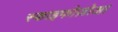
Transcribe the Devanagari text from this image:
स्काइफोज़ोआ